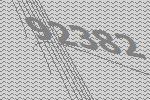
92382